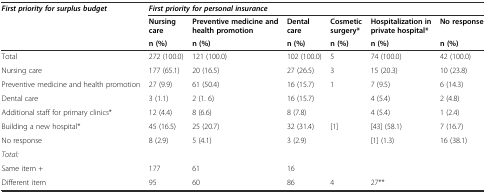
<table><thead><tr><td rowspan="3"><b><i>First priority for surplus budget</i></b></td><td colspan="6"><b><i>First priority for personal insurance</i></b></td></tr><tr><td><b>Nursing care</b></td><td><b>Preventive medicine and health promotion</b></td><td><b>Dental care</b></td><td><b>Cosmetic surgery*</b></td><td><b>Hospitalization in private hospital*</b></td><td><b>No response</b></td></tr><tr><td><b>n (%)</b></td><td><b>n (%)</b></td><td><b>n (%)</b></td><td><b>n (%)</b></td><td><b>n (%)</b></td><td><b>n (%)</b></td></tr></thead><tbody><tr><td>Total</td><td>272 (100.0)</td><td>121 (100.0)</td><td>102 (100.0)</td><td>5</td><td>74 (100.0)</td><td>42 (100.0)</td></tr><tr><td>Nursing care</td><td>177 (65.1)</td><td>20 (16.5)</td><td>27 (26.5)</td><td>3</td><td>15 (20.3)</td><td>10 (23.8)</td></tr><tr><td>Preventive medicine and health promotion</td><td>27 (9.9)</td><td>61 (50.4)</td><td>16 (15.7)</td><td>1</td><td>7 (9.5)</td><td>6 (14.3)</td></tr><tr><td>Dental care</td><td>3 (1.1)</td><td>2 (1. 6)</td><td>16 (15.7)</td><td>[EMPTY_CELL]</td><td>4 (5.4)</td><td>2 (4.8)</td></tr><tr><td>Additional staff for primary clinics*</td><td>12 (4.4)</td><td>8 (6.6)</td><td>8 (7.8)</td><td>[EMPTY_CELL]</td><td>4 (5.4)</td><td>1 (2.4)</td></tr><tr><td>Building a new hospital*</td><td>45 (16.5)</td><td>25 (20.7)</td><td>32 (31.4)</td><td>[1]</td><td>[43] (58.1)</td><td>7 (16.7)</td></tr><tr><td>No response</td><td>8 (2.9)</td><td>5 (4.1)</td><td>3 (2.9)</td><td>[EMPTY_CELL]</td><td>[1] (1.3)</td><td>16 (38.1)</td></tr><tr><td><i>Total:</i></td><td>[EMPTY_CELL]</td><td>[EMPTY_CELL]</td><td>[EMPTY_CELL]</td><td>[EMPTY_CELL]</td><td>[EMPTY_CELL]</td><td>[EMPTY_CELL]</td></tr><tr><td>Same item +</td><td>177</td><td>61</td><td>16</td><td>[EMPTY_CELL]</td><td>[EMPTY_CELL]</td><td>[EMPTY_CELL]</td></tr><tr><td>Different item</td><td>95</td><td>60</td><td>86</td><td>4</td><td>27**</td><td>[EMPTY_CELL]</td></tr></tbody></table>